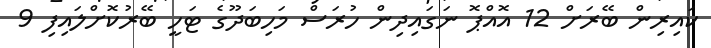
ކައިރިން ބޭރަށް 12 އޮއްޕޮ ނަގައިދިން ހުރަސް މަހިބަދޫގެ ޓަހީ ބޭރުކޮށްލައިފި 9